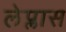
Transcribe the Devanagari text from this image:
लेप्लास